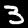
Digit: 3